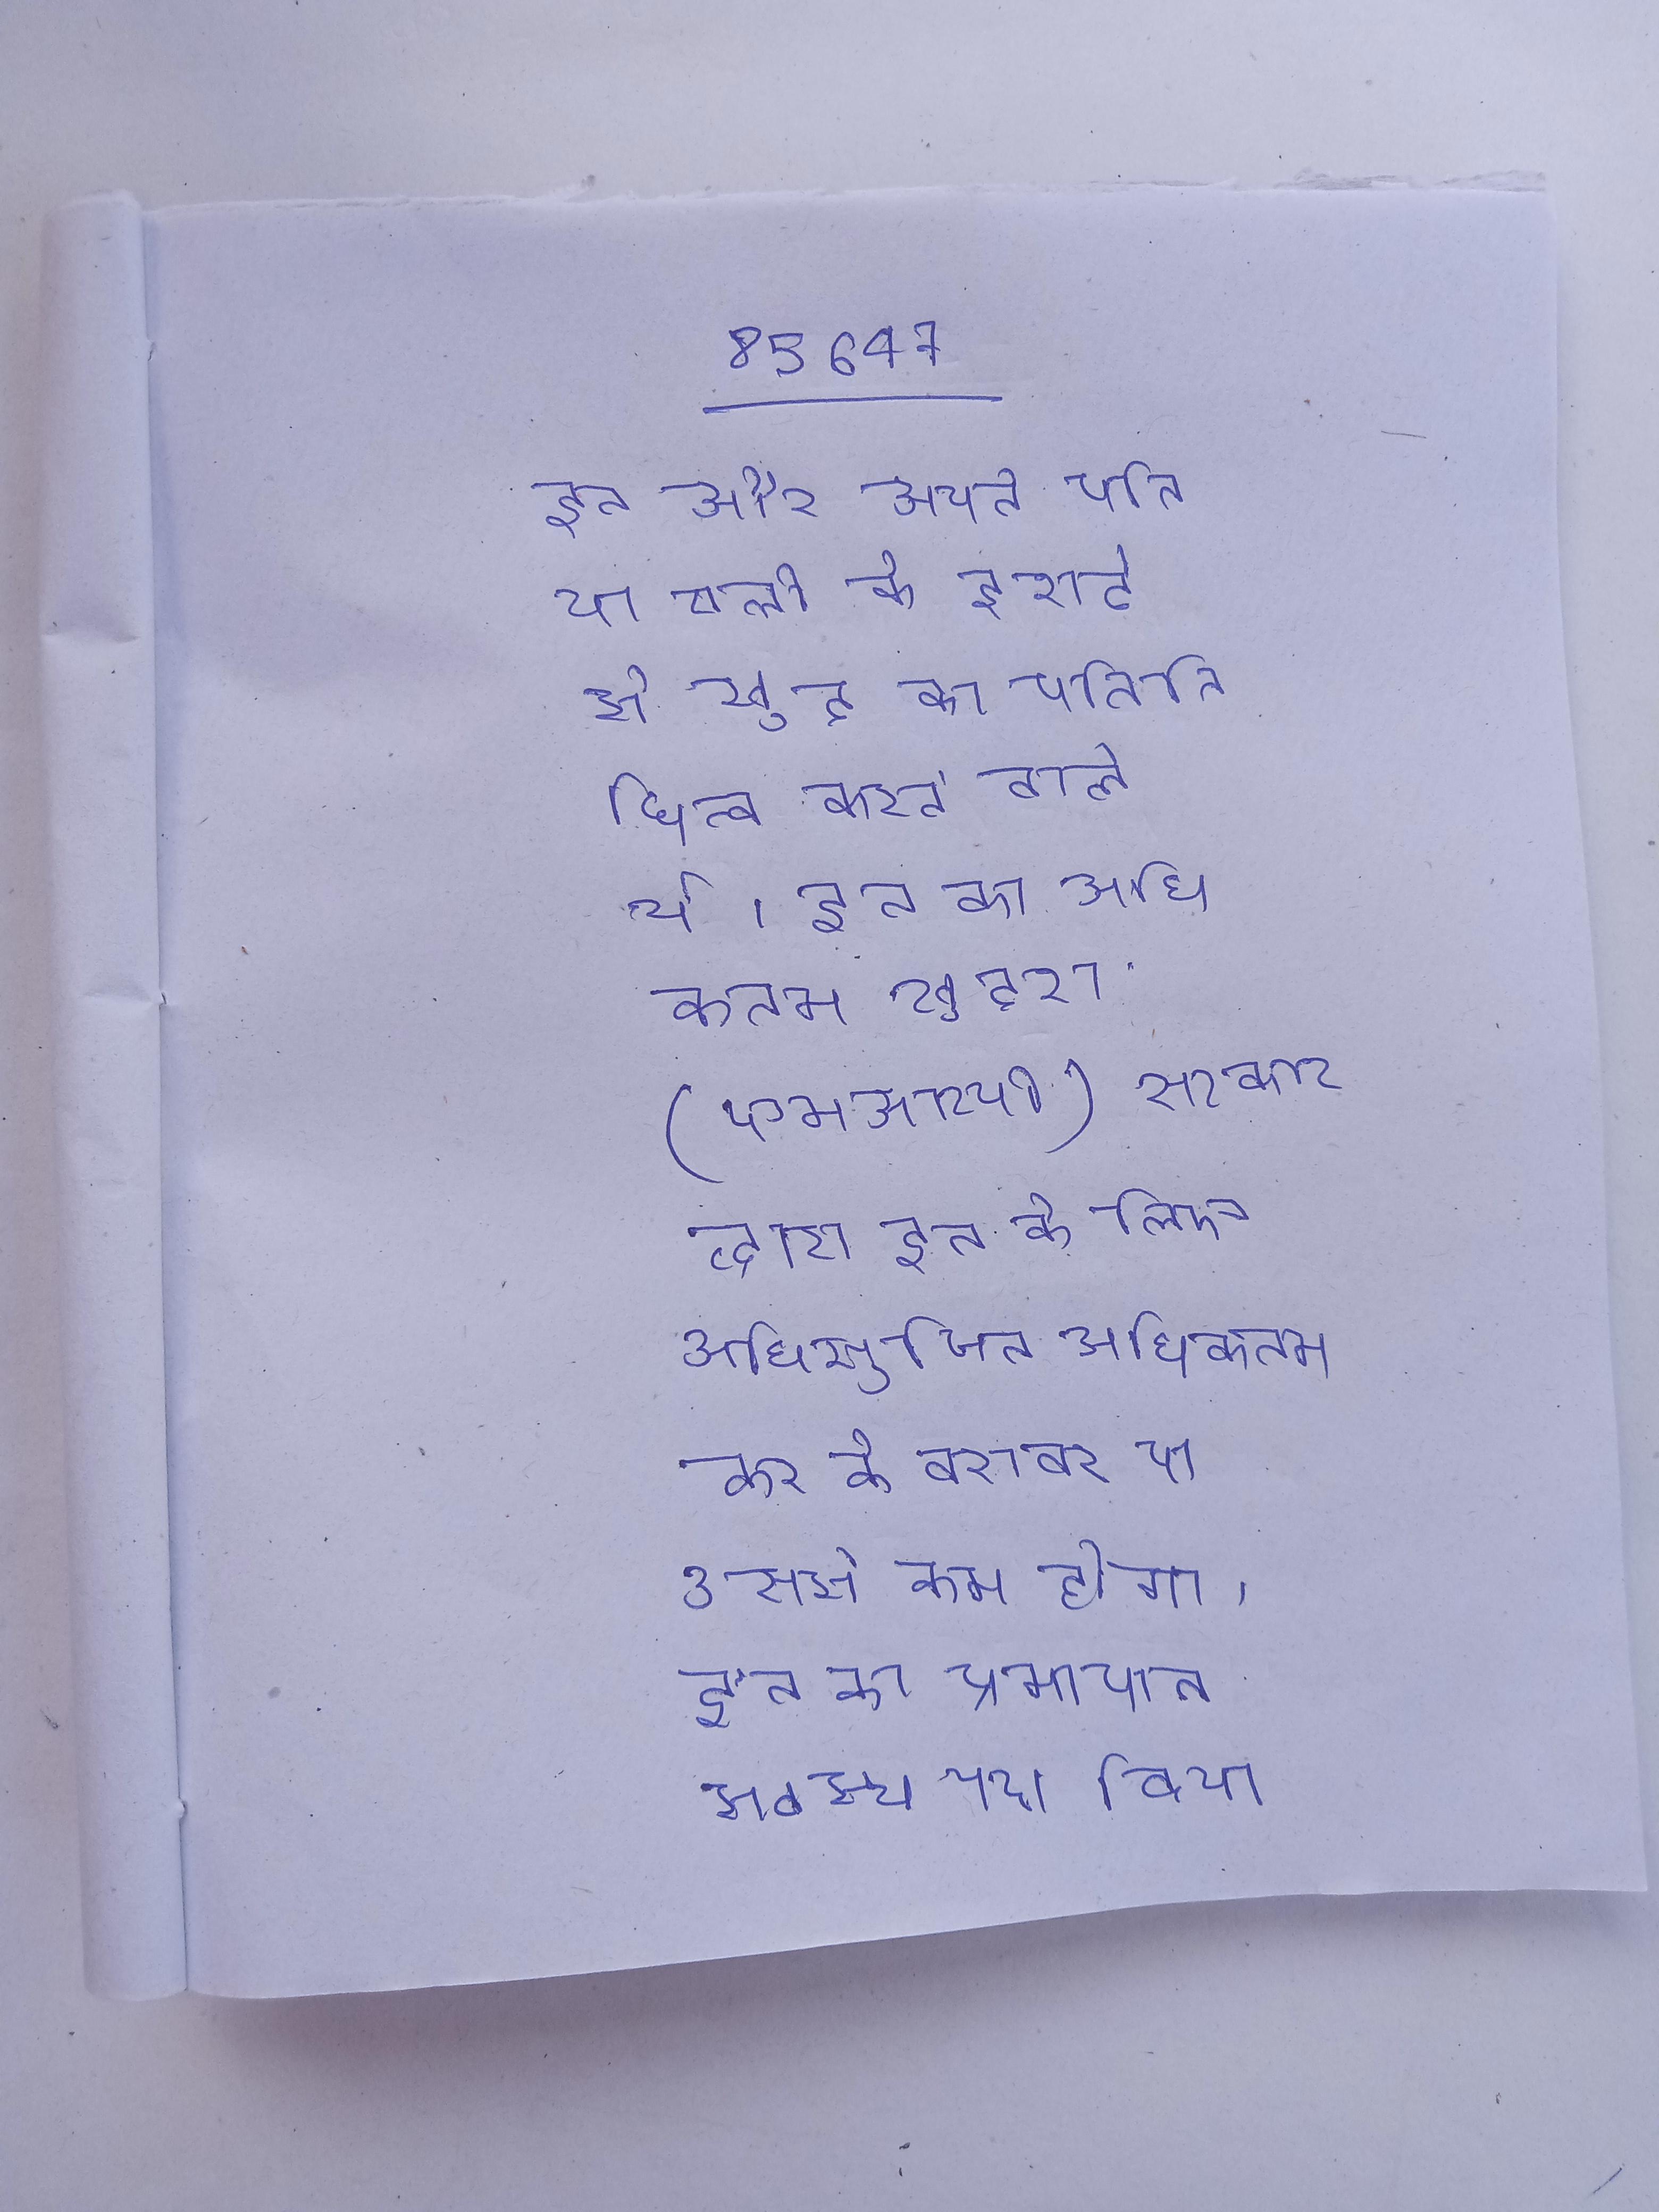
इन और अपने पति या पत्नी के इरादे से खुद का प्रतिनिधित्व करने वाले थे । इन का अधिकतम खुदरा (एमआरपी) सरकार द्वारा इन के लिए अधिसूचित अधिकतम कर के बराबर या उससे कम होगा । इन का प्रमाणन स्वस्थ पर किया जाता है और इनसे होने वाले की जानकारी के आधार पर सदृशता विज्ञान की मदद से का इलाज किया जाता है ।